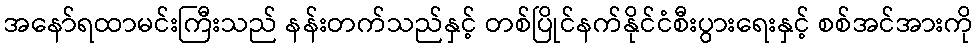
အနော်ရထာမင်းကြီးသည် နန်းတက်သည်နှင့် တစ်ပြိုင်နက်နိုင်ငံစီးပွားရေးနှင့် စစ်အင်အားကို